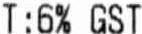
T:6% GST